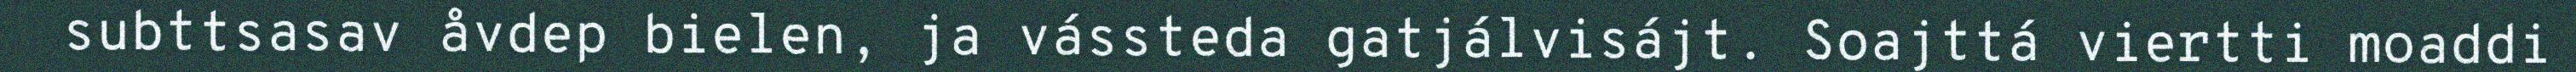
subttsasav åvdep bielen, ja vássteda gatjálvisájt. Soajttá viertti moaddi